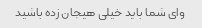
وای شما باید خیلی هیجان زده باشید